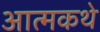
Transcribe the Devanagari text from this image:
आत्मकथे